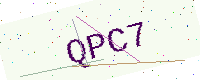
Text: QPC7